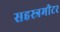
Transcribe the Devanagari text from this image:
सहस्त्रमीटर